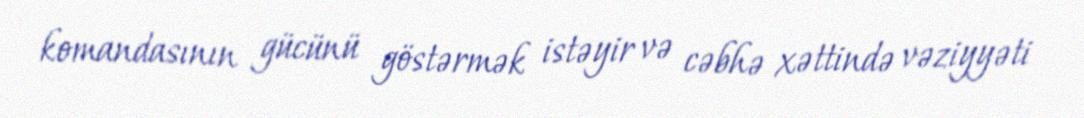
komandasının gücünü göstərmək istəyir və cəbhə xəttində vəziyyəti